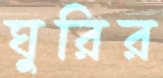
ঘুরির